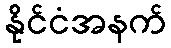
နိုင်ငံအနက်